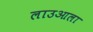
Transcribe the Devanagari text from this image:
लाउआला